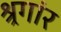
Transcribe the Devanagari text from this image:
श्र्रगांर